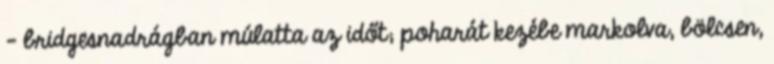
– bridges­nad­rágban múlatta az időt; poharát kezébe markolva, bölcsen,